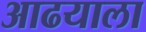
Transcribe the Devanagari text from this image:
आढयाला